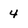
Character: 4